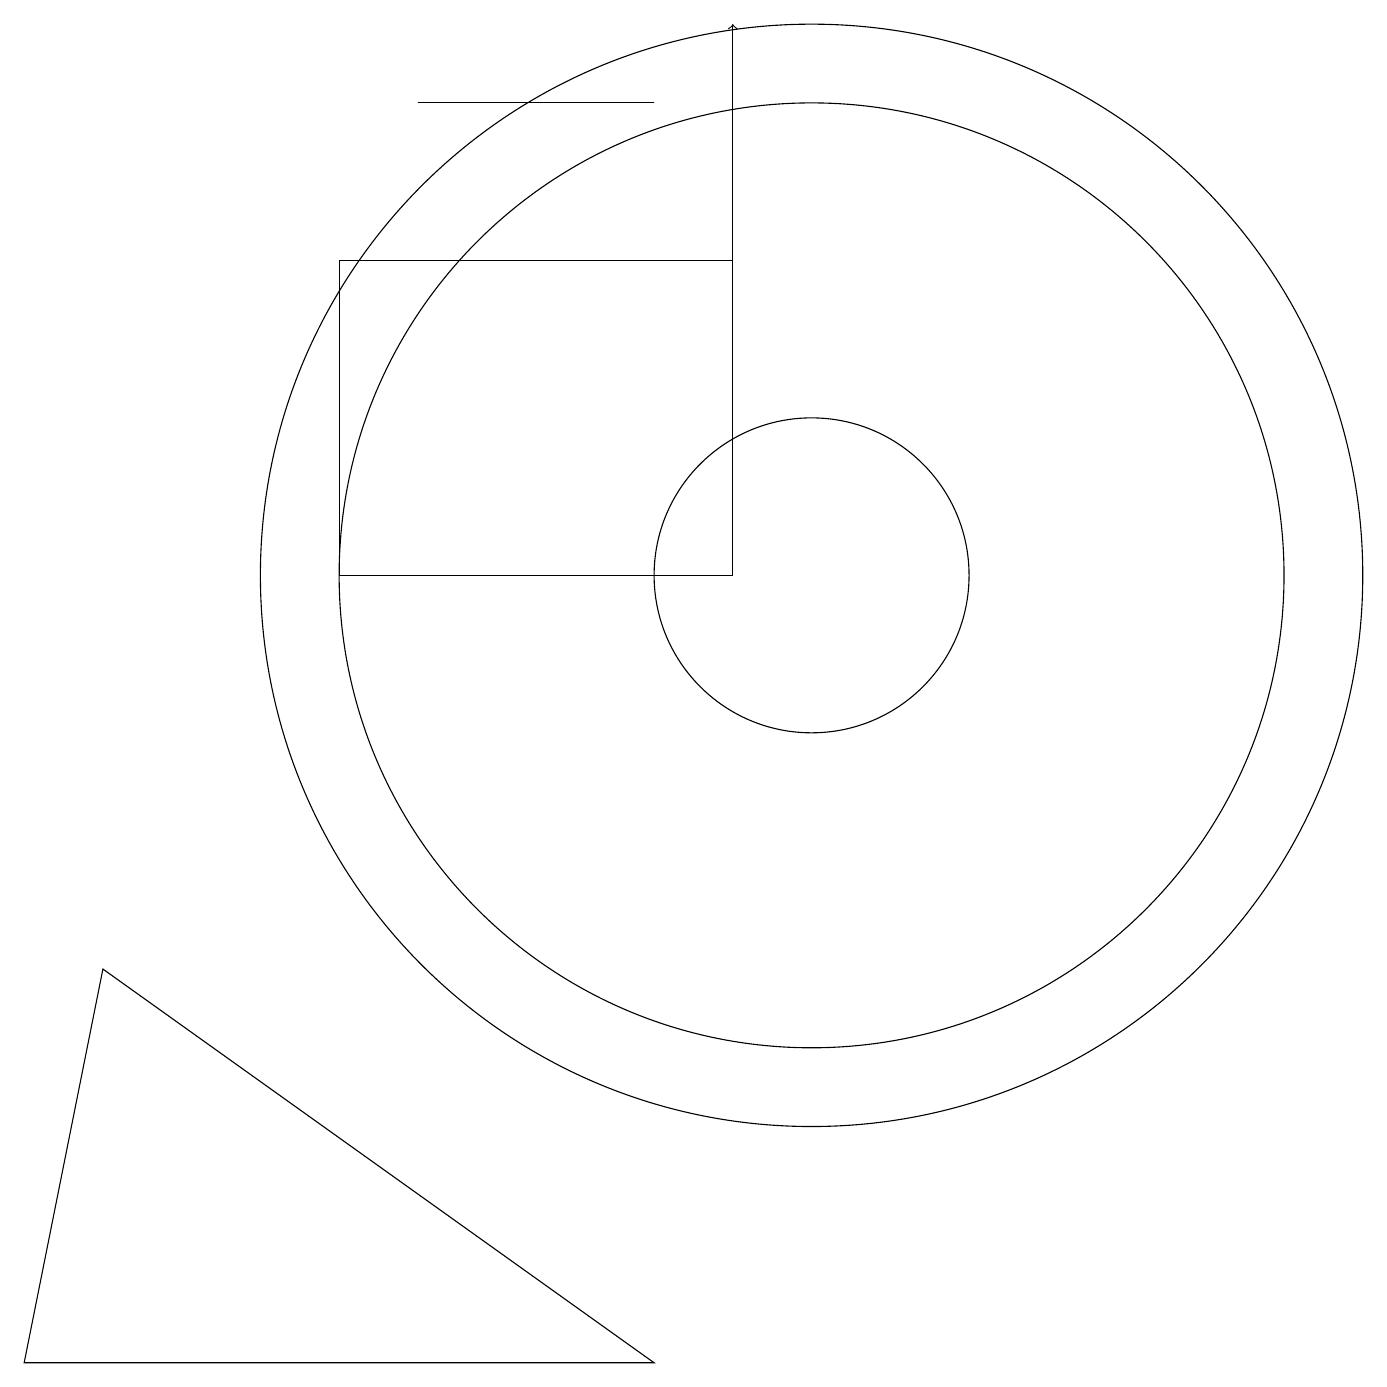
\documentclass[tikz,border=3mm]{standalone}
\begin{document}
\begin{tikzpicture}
\draw (0,1) -- (8,1) -- (1,6) -- cycle;
\draw (10,11) circle (2);
\draw (8,17) rectangle (5,17);
\draw[->] (9,15) -- (9,18);
\draw (12,11) circle (0);
\draw (10,11) circle (7);
\draw (4,15) rectangle (9,11);
\draw (10,11) circle (6);
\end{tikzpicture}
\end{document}